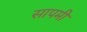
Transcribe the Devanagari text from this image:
सापमी